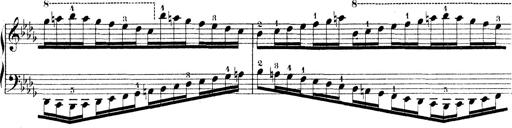
Title: Technische Studien
Composer: Franz Liszt